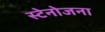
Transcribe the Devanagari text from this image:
स्टेनोजना